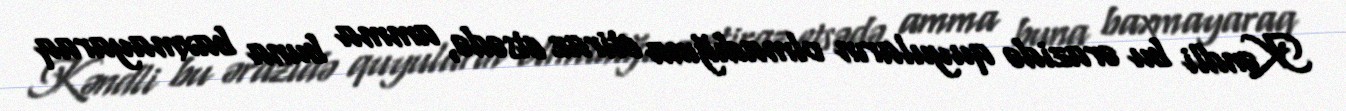
Kəndli bu ərazidə quyuların olmadığına etiraz etsədə, amma buna baxmayaraq